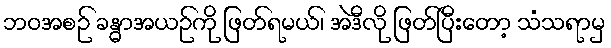
ဘဝအစဉ် ခန္ဓာအယဉ်ကို ဖြတ်ရမယ်၊ အဲဒီလို ဖြတ်ပြီးတော့ သံသရာမှ